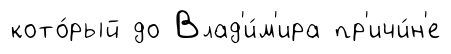
кото́рый до Влад'и́м'ира пр'ичи́н'е